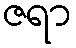
ဇရာ